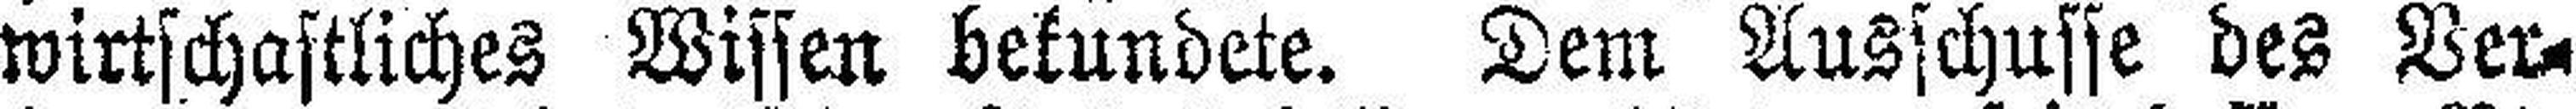
wirtschaftliches Wissen bekundete. Dem Ausschusse des Ver¬